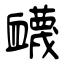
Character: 衊